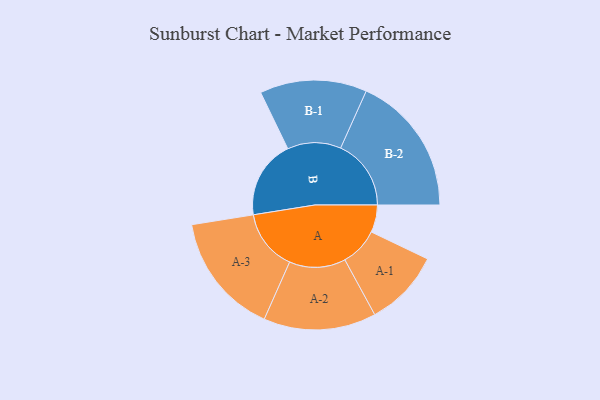
{"axis": {"x": "Segment", "y": "Value"}, "legend": ["", "A", "B"], "data": [{"x": "A", "y": 110, "type": ""}, {"x": "B", "y": 315, "type": ""}, {"x": "A-1", "y": 154, "type": "A"}, {"x": "A-2", "y": 226, "type": "A"}, {"x": "A-3", "y": 245, "type": "A"}, {"x": "B-1", "y": 215, "type": "B"}, {"x": "B-2", "y": 283, "type": "B"}]}